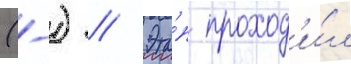
(-) // Эта́п проход'и́л